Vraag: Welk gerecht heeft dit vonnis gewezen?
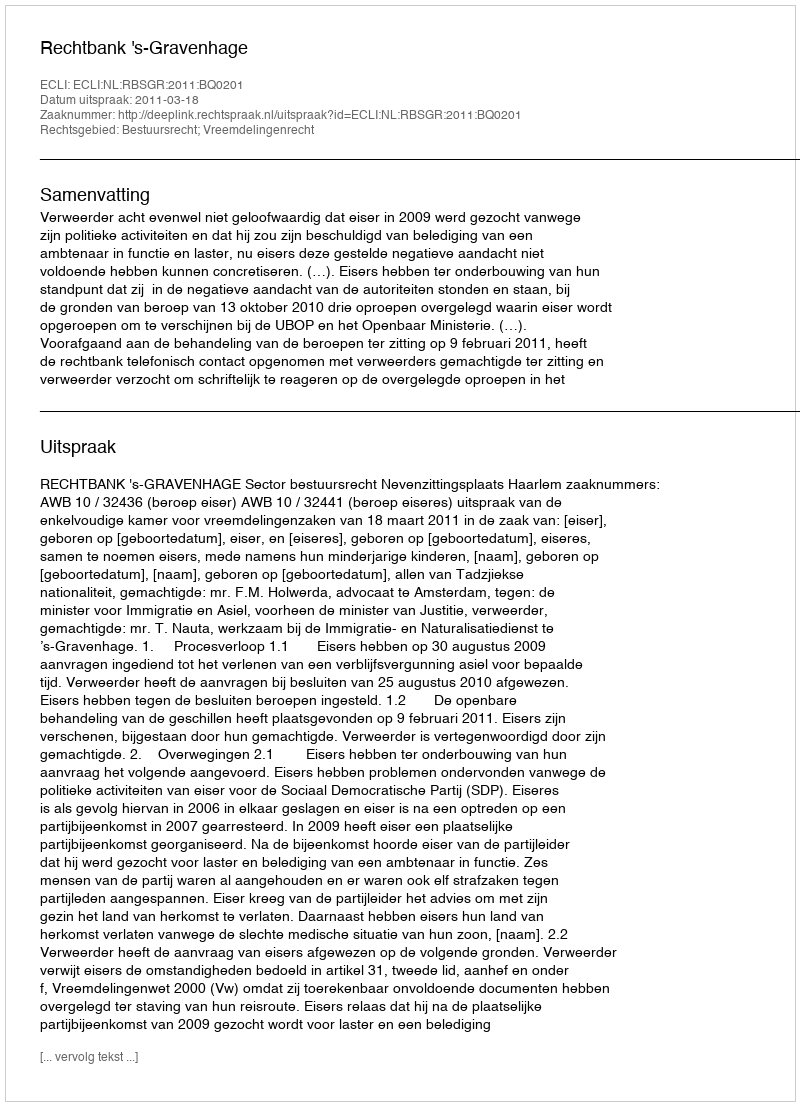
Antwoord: Rechtbank 's-Gravenhage